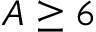
A \ge 6